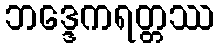
ဘဒ္ဒေကရတ္တဿ